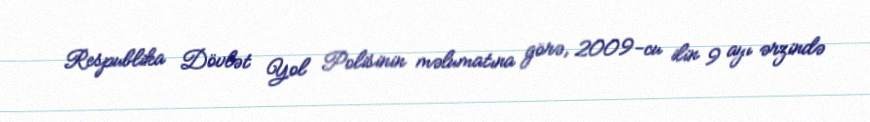
Respublika Dövlət Yol Polisinin məlumatına görə, 2009-cu ilin 9 ayı ərzində